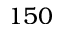
1 5 0